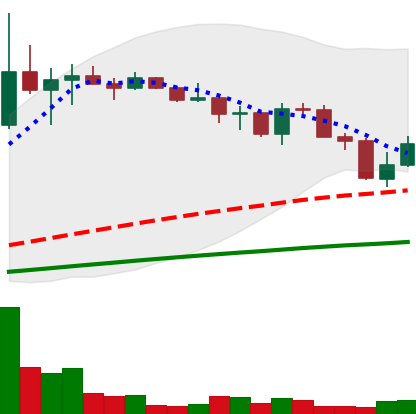
Ticker: LINK-USD
Chart end date: 2019-07-18
Forward return: -11.5%
Label: down_7plus